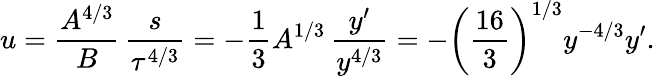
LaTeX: u=\frac{A^{4/3}}{B}\, \frac{s}{\tau^{4/3}}=-\frac{1}{3}A^{1/3}\, \frac{y^{\prime}}{y^{4/3}}=-\left(\frac{16}{3}\right)^{1/3}y^{-4/3}y^{\prime}.